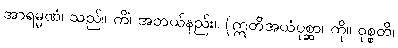
အာရမ္မဏံ၊ သည်။ ကိံ၊ အဘယ်နည်း။ (ဣတိအယံပုစ္ဆာ၊ ကို။ ဝုစ္စတိ၊